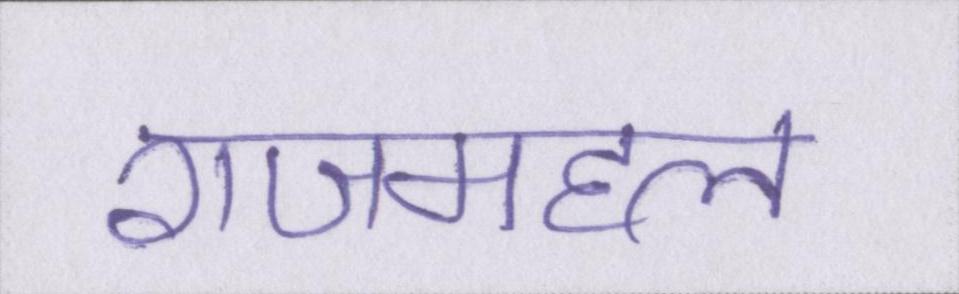
राजमहल